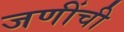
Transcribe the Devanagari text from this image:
जणींची